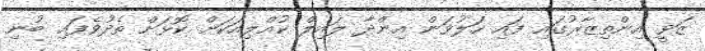
ޒަވީ އިންތިޒާރުގައި ފައި ހަލުވަން އިންދާ ލައިލް ކުއްލިއަކަށް ކޮޅަށް ތެދުވެފައި ބުނި